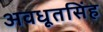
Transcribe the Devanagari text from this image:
अवधूतसिंह